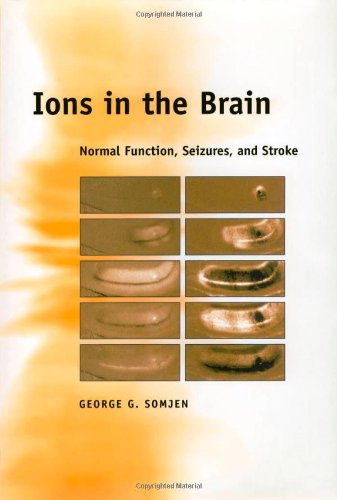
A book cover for Ions in the Brain: Normal Function, Seizures, and Stroke; George G. Somjen; Health, Fitness & Dieting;